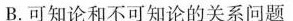
B.可知论和不可知论的关系问题